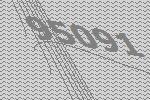
95091